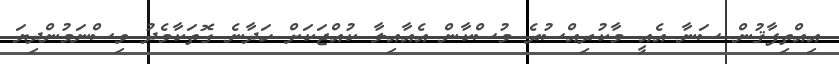
އިއްތިފާޤުން ސަނާ އެއީ މާކުރިއްސުރެ މުސްކާން އެއާއިލާ ކުއްޖަކަށް ހަދާނެ ގޮތަކާމެދު ވިސްނަމުންދިޔަ